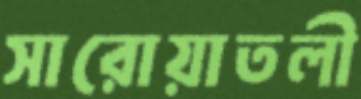
সারোয়াতলী